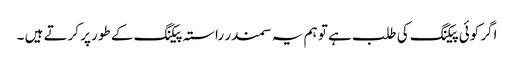
اگر کوئی پیکنگ کی طلب ہے تو ہم یہ سمندر راستہ پیکنگ کے طور پر کرتے ہیں ۔